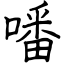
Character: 噃